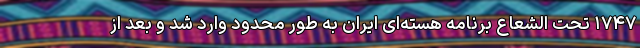
۱۷۴۷ تحت الشعاع برنامه هسته‌ای ایران به طور محدود وارد شد و بعد از